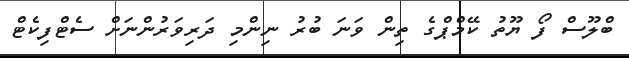
ބްލޫސް ފޯ ޔޫތު ކޭމްޕްގެ ތިން ވަނަ ބުރު ނިންމި ދަރިވަރުންނަށް ސެޓްފިކެޓް